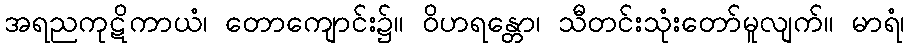
အရညကုဋိကာယံ၊ တောကျောင်း၌။ ဝိဟရန္တော၊ သီတင်းသုံးတော်မူလျက်။ မာရံ၊